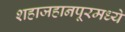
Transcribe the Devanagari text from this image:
शहाजहानपूरमध्ये